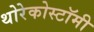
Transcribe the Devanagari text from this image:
थोरेकोस्टॉमी